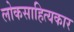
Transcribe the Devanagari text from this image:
लोकसाहित्यकार